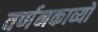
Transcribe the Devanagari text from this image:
वर्णनकाव्यों